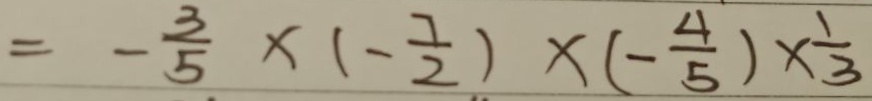
= - \frac { 3 } { 5 } \times ( - \frac { 7 } { 2 } ) \times ( - \frac { 4 } { 5 } ) \times \frac { 1 } { 3 }